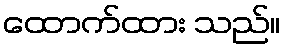
ထောက်ထား သည်။